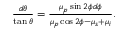
\begin{array} { r } { \frac { d \theta } { \tan \theta } = \frac { \mu _ { p } \sin 2 \phi d \phi } { \mu _ { p } \cos 2 \phi - \mu _ { s } + \mu _ { i } } . } \end{array}